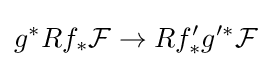
g^{*}Rf_{*}{\mathcal {F}}\to Rf'_{*}g'^{*}{\mathcal {F}}